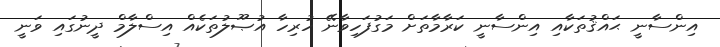
އިންސާނީ ޙައްޤުތަކާއި އިންސާނީ ކަރާމާތަށް މަގުފަހިވާނޭ ހުރިހާ އުޞޫލުތަކެއް އިސްލާމް ދީނުގައި ވަނީ